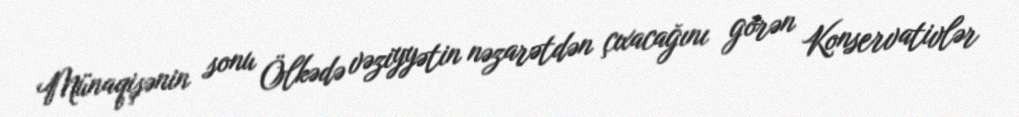
Münaqişənin sonu Ölkədə vəziyyətin nəzarətdən çıxacağını görən Konservativlər